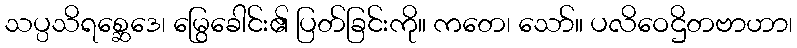
သပ္ပသိရစ္ဆေဒေ၊ မြွေခေါင်း၏ ပြတ်ခြင်းကို။ ကတေ၊ သော်။ ပလိဝေဌိတဗာဟာ၊